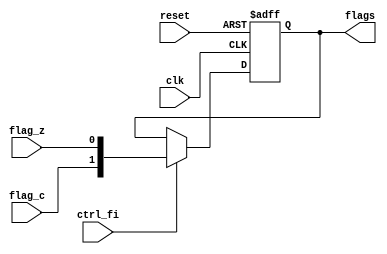
module fr(
	input clk,
	input reset,
	input ctrl_fi,
	input flag_c,
	input flag_z,
	output reg [1:0] flags = 0);
	
always @(posedge clk or posedge reset) begin
	if (reset)
		flags <= 0;
	else if (ctrl_fi)
		flags <= {flag_c, flag_z};
end

endmodule